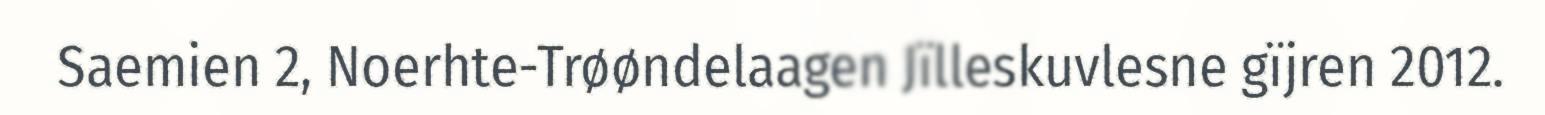
Saemien 2, Noerhte-Trøøndelaagen Jïlleskuvlesne gïjren 2012.